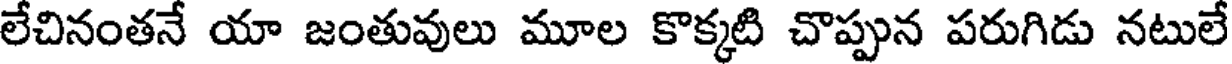
లేచినంతనే యా జంతువులు మూల కొక్కటి చొప్పున పరుగిడు నటులే